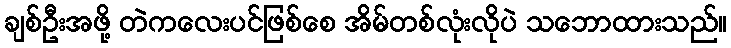
ချစ်ဦးအဖို့ တဲကလေးပင်ဖြစ်စေ အိမ်တစ်လုံးလိုပဲ သဘောထားသည်။